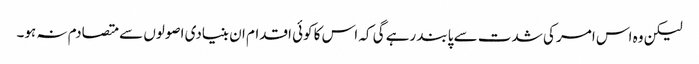
لیکن وہ اس امر کی شدت سے پابند رہے گی کہ اس کا کوئی اقدام ان بنیادی اصولوں سے متصادم نہ ہو۔